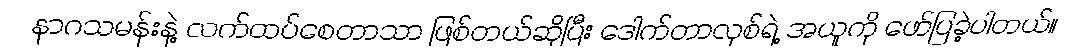
နာဂသမန်းနဲ့ လက်ထပ်စေတာသာ ဖြစ်တယ်ဆိုပြီး ဒေါက်တာလုစ်ရဲ့ အယူကို ဖော်ပြခဲ့ပါတယ်။